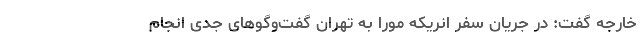
خارجه گفت: در جریان سفر انریکه مورا به تهران گفت‌وگوهای جدی انجام